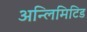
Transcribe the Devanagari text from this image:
अन्लिमिटिड